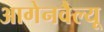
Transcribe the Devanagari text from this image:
आगेनवैल्यू